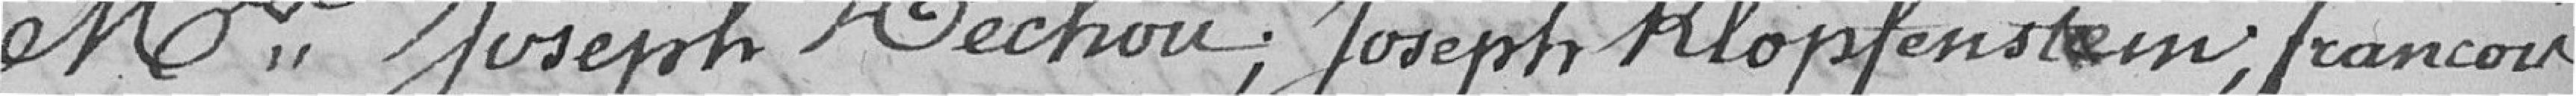
Messieurs Joseph Véchou ; Joseph Klopfenstein ; François